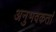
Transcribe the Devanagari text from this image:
अनुभवकर्ता